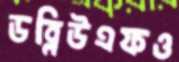
ডব্লিউএফও